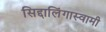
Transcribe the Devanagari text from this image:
सिद्दालिंगास्वामी